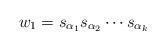
LaTeX: \begin{align*}w_1=s_{\alpha_1} s_{\alpha_2}\cdots s_{\alpha_k}\end{align*}